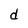
Character: d